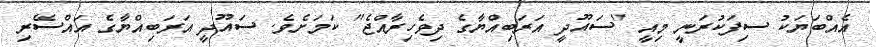
އެއްބަޔަކު ސިފަކުރަނީ މިއީ "ސައޫދީ އަރަބިއްޔާގެ ދިވެހިރާއްޖެ" ކަމަށެވެ. ސައޫދީ އަރަބިއްޔާގެ އައްސޭރި